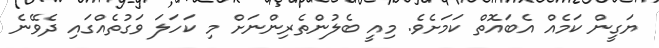
ޔަގީން ކަމެއް އެބައޮތް ކަމަށެވެ. މިއީ ބެލުންތެރިންނަށް މި ކަހަލަ ވަގުތެއްގައި ދެވޭނެ